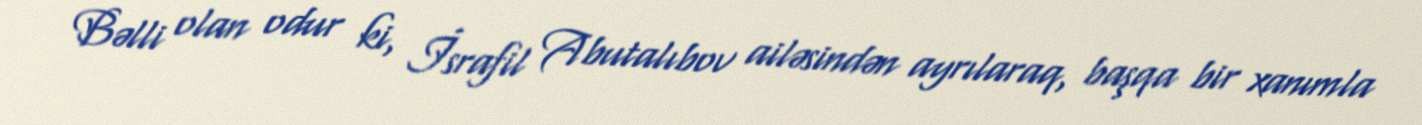
Bəlli olan odur ki, İsrafil Abutalıbov ailəsindən ayrılaraq, başqa bir xanımla